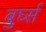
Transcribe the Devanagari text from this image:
बुर्घ्स